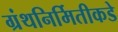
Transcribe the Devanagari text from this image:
ग्रंथनिर्मितीकडे